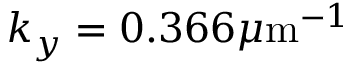
k _ { y } = 0 . 3 6 6 \mu \mathrm { m } ^ { - 1 }